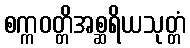
စက္ကဝတ္တိအစ္ဆရိယသုတ္တံ